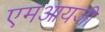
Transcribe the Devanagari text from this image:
एमआयजी